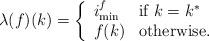
LaTeX: \begin{align*}\lambda(f)(k) = \left\{ \begin{array}{ll}i_{\min}^f & \textrm{if $k = k^*$} \\f(k) & \textrm{otherwise.}\end{array}\right.\end{align*}